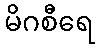
မိဂစီရေ